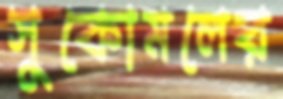
সুকোমলের